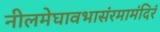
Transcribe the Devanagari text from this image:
नीलमेघावभासंरमामंदिरं